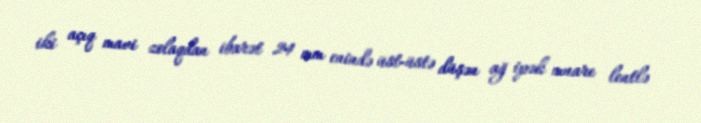
iki açıq mavi zolaqdan ibarət 24 mm enində üst-üstə düşən ağ ipək muare lentlə